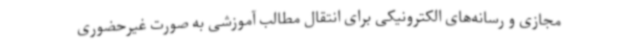
مجازی و رسانه‌های الکترونیکی برای انتقال مطالب آموزشی به صورت غیرحضوری